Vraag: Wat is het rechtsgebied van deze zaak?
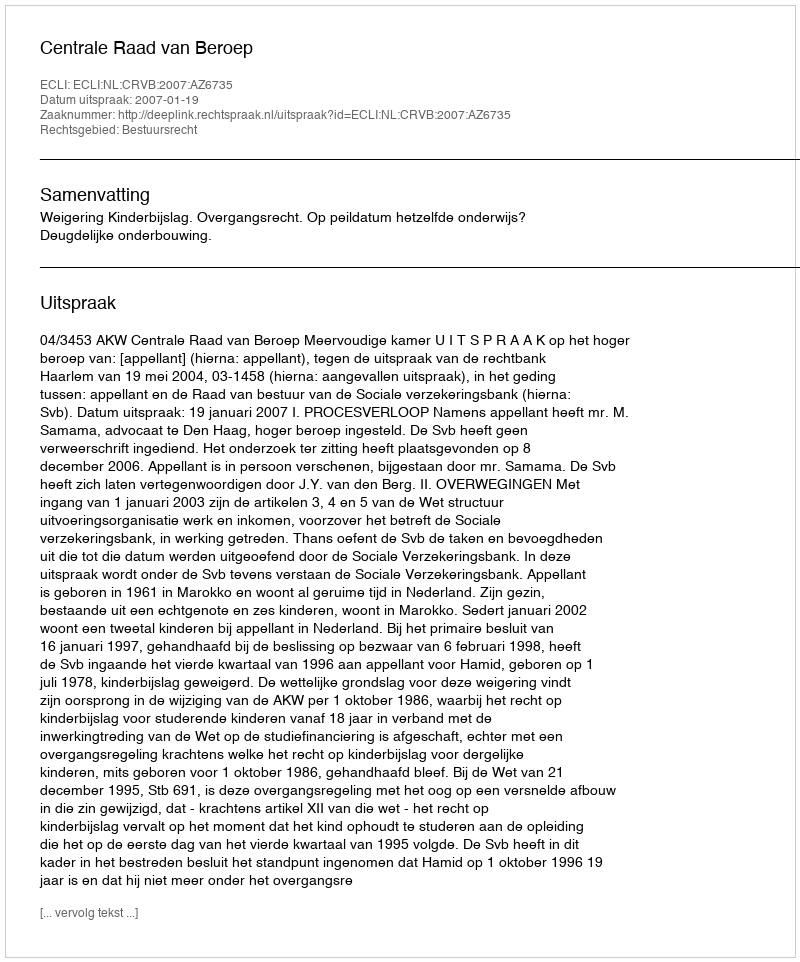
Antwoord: Bestuursrecht